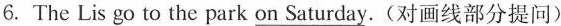
6. The Lis go to the park on Saturday.(对画线部分提问)